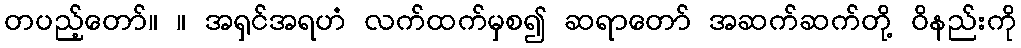
တပည့်တော်။ ။ အရှင်အရဟံ လက်ထက်မှစ၍ ဆရာတော် အဆက်ဆက်တို့ ဝိနည်းကို